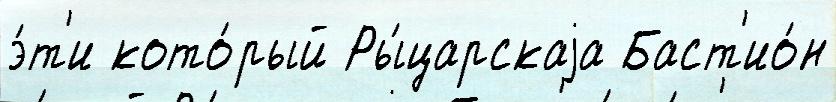
э́т'и кото́рый Ры́царскаjа Баст'ио́н